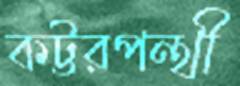
কট্টরপন্থী